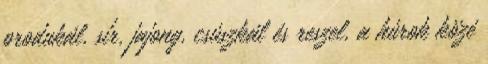
produkál, sír, jajong, csúszkál és reszel, a húrok közé